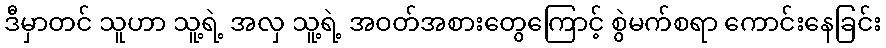
ဒီမှာတင် သူဟာ သူ့ရဲ့ အလှ သူ့ရဲ့ အဝတ်အစားတွေကြောင့် စွဲမက်စရာ ကောင်းနေခြင်း